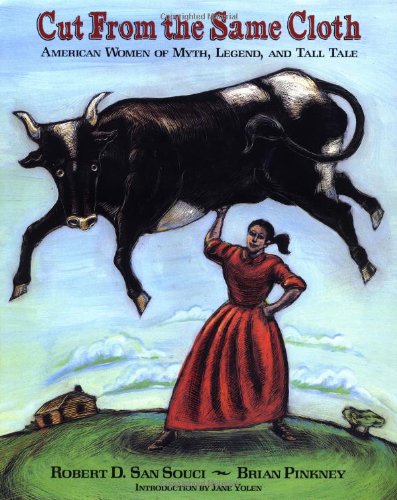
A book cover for Cut from the Same Cloth; Robert D. San Souci; Children's Books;